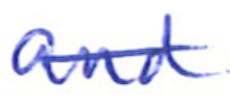
Text: and
Cross-out: single-line
Writing tool: ballpoint